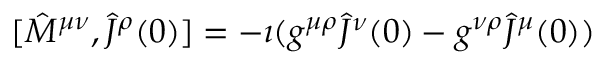
[ { \hat { M } } ^ { \mu \nu } , { \hat { J } } ^ { \rho } ( 0 ) ] = - \imath ( g ^ { \mu \rho } { \hat { J } } ^ { \nu } ( 0 ) - g ^ { \nu \rho } { \hat { J } } ^ { \mu } ( 0 ) )